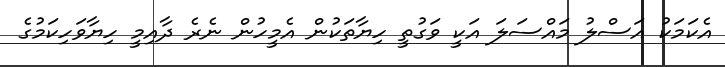
އެކަމަކު އަސްލު މައްސަލަ އަކީ ވަގުތީ ހިޔާތަކުން އެމީހުން ނެރެ ދާއިމީ ހިޔާވަހިކަމުގެ